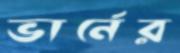
ভার্নের